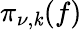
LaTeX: \pi_{\nu,\mathit{k}}(f)